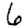
Digit: 6